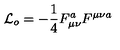
{ \cal L } _ { o } = - \frac { 1 } { 4 } F _ { \mu \nu } ^ { a } F ^ { \mu \nu a } \,